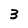
Character: 3